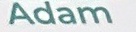
Adam